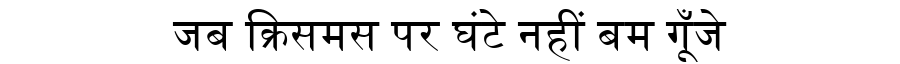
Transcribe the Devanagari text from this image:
जब क्रिसमस पर घंटे नहीं बम गूँजे